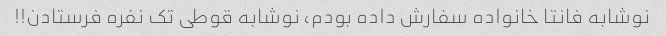
نوشابه فانتا خانواده سفارش داده بودم، نوشابه قوطی تک نفره فرستادن!!